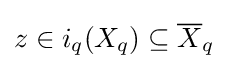
z\in i_{q}(X_{q})\subseteq {\overline {X}}_{q}